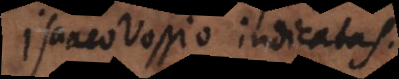
Isaaco Vossio indicatas.